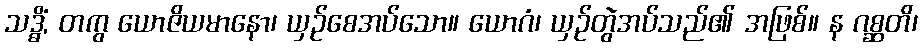
သဒ္ဓိံ, တကွ ယောဇိယမာနော၊ ယှဉ်စေအပ်သော။ ယောဂံ၊ ယှဉ်တွဲအပ်သည်၏ အဖြစ်။ န ဂစ္ဆတိ၊